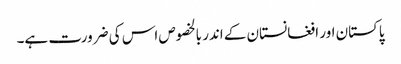
پاکستان اور افغانستان کے اندر بالخصوص اس کی ضرورت ہے۔